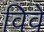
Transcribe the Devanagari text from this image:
विवे